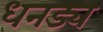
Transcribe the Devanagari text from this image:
धनड्य